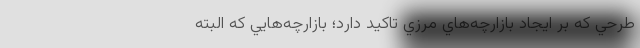
طرحي كه بر ايجاد بازارچه‌هاي مرزي تاكيد دارد؛ بازارچه‌هايي كه البته